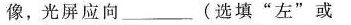
像，光屏应向_______(选填”左”或